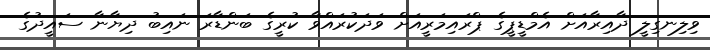
ވިލިނގިލީ ދާއިރާއަށް އެމްޑީޕީގެ ޕްރައިމަރީއަށް ވަދަކުރައްވާ ކުރީގެ ބަންޑާރަ ނައިބު ދިޔާނާ ސައީދުގެ